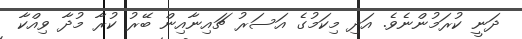
ދަނީ ކުރަމުންނެވެ. އަދި މިކަމުގެ އަސަރު ޗައިނާއިން ބޭރު ކުރާ މުދާ ވިއްކާ